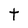
Character: t